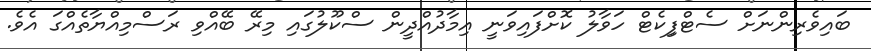
ބައިވެރިންނަށް ސެޓްފިިކެޓް ހަވާލު ކޮށްފައިވަނީ އިމާދުއްދީން ސްކޫލުގައި މިރޭ ބޭއްވި ރަސްމިއްޔާތެއްގަ އެވެ.